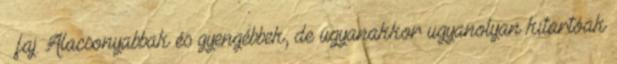
– faj. Alacsonyabbak és gyengébbek, de ugyanakkor ugyanolyan kitartóak